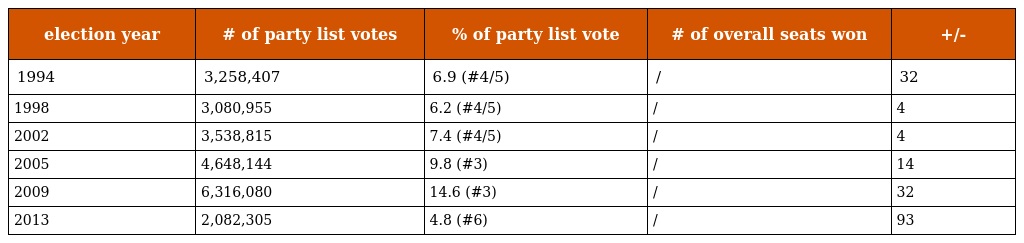
| election year | # of party list votes | % of party list vote | # of overall seats won | +/- |
 | --- | --- | --- | --- | --- |
 | 1994 | 3,258,407 | 6.9 (#4/5) | / | 32 |
 | 1998 | 3,080,955 | 6.2 (#4/5) | / | 4 |
 | 2002 | 3,538,815 | 7.4 (#4/5) | / | 4 |
 | 2005 | 4,648,144 | 9.8 (#3) | / | 14 |
 | 2009 | 6,316,080 | 14.6 (#3) | / | 32 |
 | 2013 | 2,082,305 | 4.8 (#6) | / | 93 |